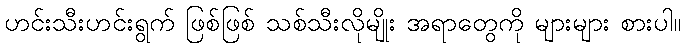
ဟင်းသီးဟင်းရွက် ဖြစ်ဖြစ် သစ်သီးလိုမျိုး အရာတွေကို များများ စားပါ။